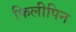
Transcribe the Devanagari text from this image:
फिलीपिन